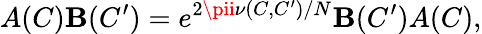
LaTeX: A(C)\mathbf{B}(C^{\prime})=e^{2\pii\nu(C,C^{\prime})/N}\mathbf{B}(C^{\prime})A(C),